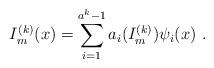
LaTeX: \begin{align*}I_m^{(k)}(x)= \sum_{i=1}^{a^k - 1}a_i(I_m^{(k)})\psi_i(x)\ .\end{align*}